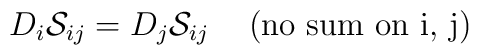
D_i{\cal S}_{ij}=D_j{\cal S}_{ij} \hskip5mm (\mbox{no sum on i, j})